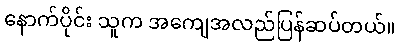
နောက်ပိုင်း သူက အကျေအလည်ပြန်ဆပ်တယ်။